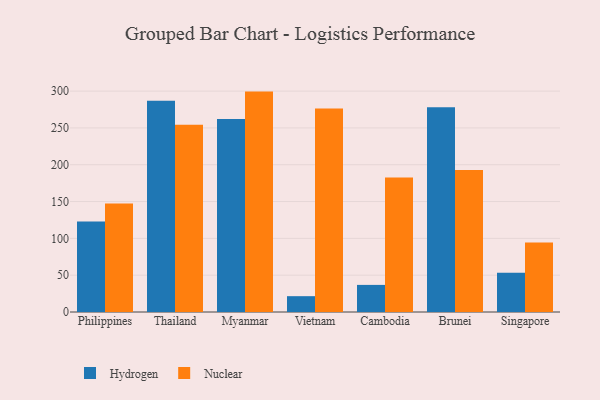
{"axis": {"x": "Country", "y": "Operating Costs (USD K)"}, "legend": ["Hydrogen", "Nuclear"], "data": [{"x": "Philippines", "y": 123.0, "type": "Hydrogen"}, {"x": "Philippines", "y": 147.5, "type": "Nuclear"}, {"x": "Thailand", "y": 286.8, "type": "Hydrogen"}, {"x": "Thailand", "y": 254.3, "type": "Nuclear"}, {"x": "Myanmar", "y": 262.1, "type": "Hydrogen"}, {"x": "Myanmar", "y": 299.3, "type": "Nuclear"}, {"x": "Vietnam", "y": 21.5, "type": "Hydrogen"}, {"x": "Vietnam", "y": 276.4, "type": "Nuclear"}, {"x": "Cambodia", "y": 36.8, "type": "Hydrogen"}, {"x": "Cambodia", "y": 182.7, "type": "Nuclear"}, {"x": "Brunei", "y": 278.2, "type": "Hydrogen"}, {"x": "Brunei", "y": 193.0, "type": "Nuclear"}, {"x": "Singapore", "y": 53.4, "type": "Hydrogen"}, {"x": "Singapore", "y": 94.3, "type": "Nuclear"}]}